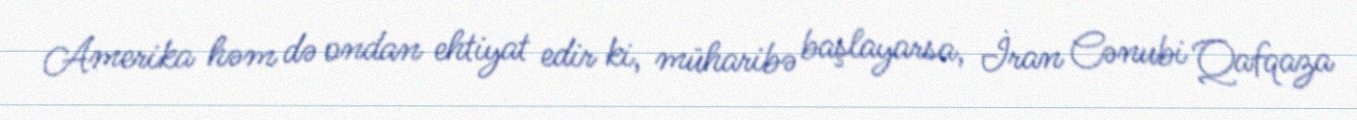
Amerika həm də ondan ehtiyat edir ki, müharibə başlayarsa, İran Cənubi Qafqaza